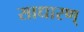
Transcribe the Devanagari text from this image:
साधारण्